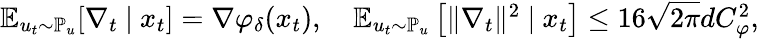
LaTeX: \begin{array}{r}{{\mathbb{E}}_{u_{t}\sim{\mathbb{P}}_{u}}[\nabla_{t}~|~x_{t}]=\nabla\varphi_{\delta}(x_{t}),\quad{\mathbb{E}}_{u_{t}\sim{\mathbb{P}}_{u}}\left[\Vert\nabla_{t}\Vert^{2}~|~x_{t}\right]\le 16\sqrt{2\pi}dC_{\varphi}^{2},}\end{array}